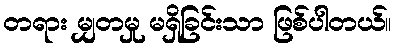
တရား မျှတမှု မရှိခြင်းသာ ဖြစ်ပါတယ်။